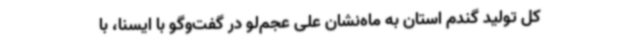
کل تولید گندم استان به ماه‌نشان علی عجم‌لو در گفت‌وگو با ایسنا، با